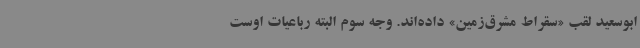
ابوسعید لقب «سقراط مشرق‌زمین» داده‌اند. وجه سوم البته رباعیات اوست